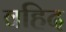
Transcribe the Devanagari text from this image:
वहिद